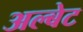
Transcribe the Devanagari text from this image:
अल्बेट